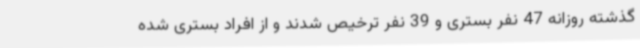
گذشته روزانه 47 نفر بستری و 39 نفر ترخیص شدند و از افراد بستری شده